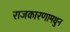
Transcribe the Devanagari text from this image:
राजकारणामधुन